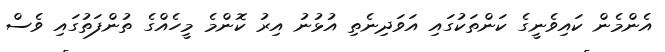
އެންމެން ކައިވެނީގެ ކަންތަކުގައި އަވަދިނެތި އުޅުނު އިރު ކޮންމެ މީހެއްގެ ތުންފަތުގައި ވެސް